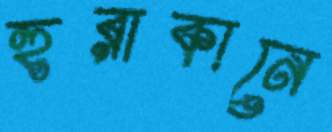
হুরাকানে